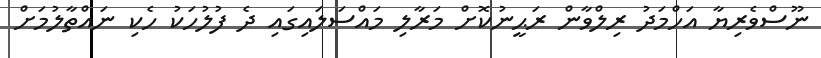
ނޫސްވެރިޔާ އަހްމަދު ރިލްވާން ރަޙީނުކޮށް މަރާލި މައްސަލައިގައި ދެ ފުލުހަކު ހެކި ނައްތާލުމަށް